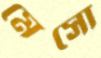
মেসো